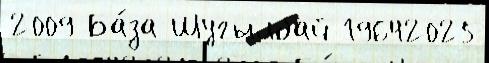
2009 Ба́за Шугылбай 19642025